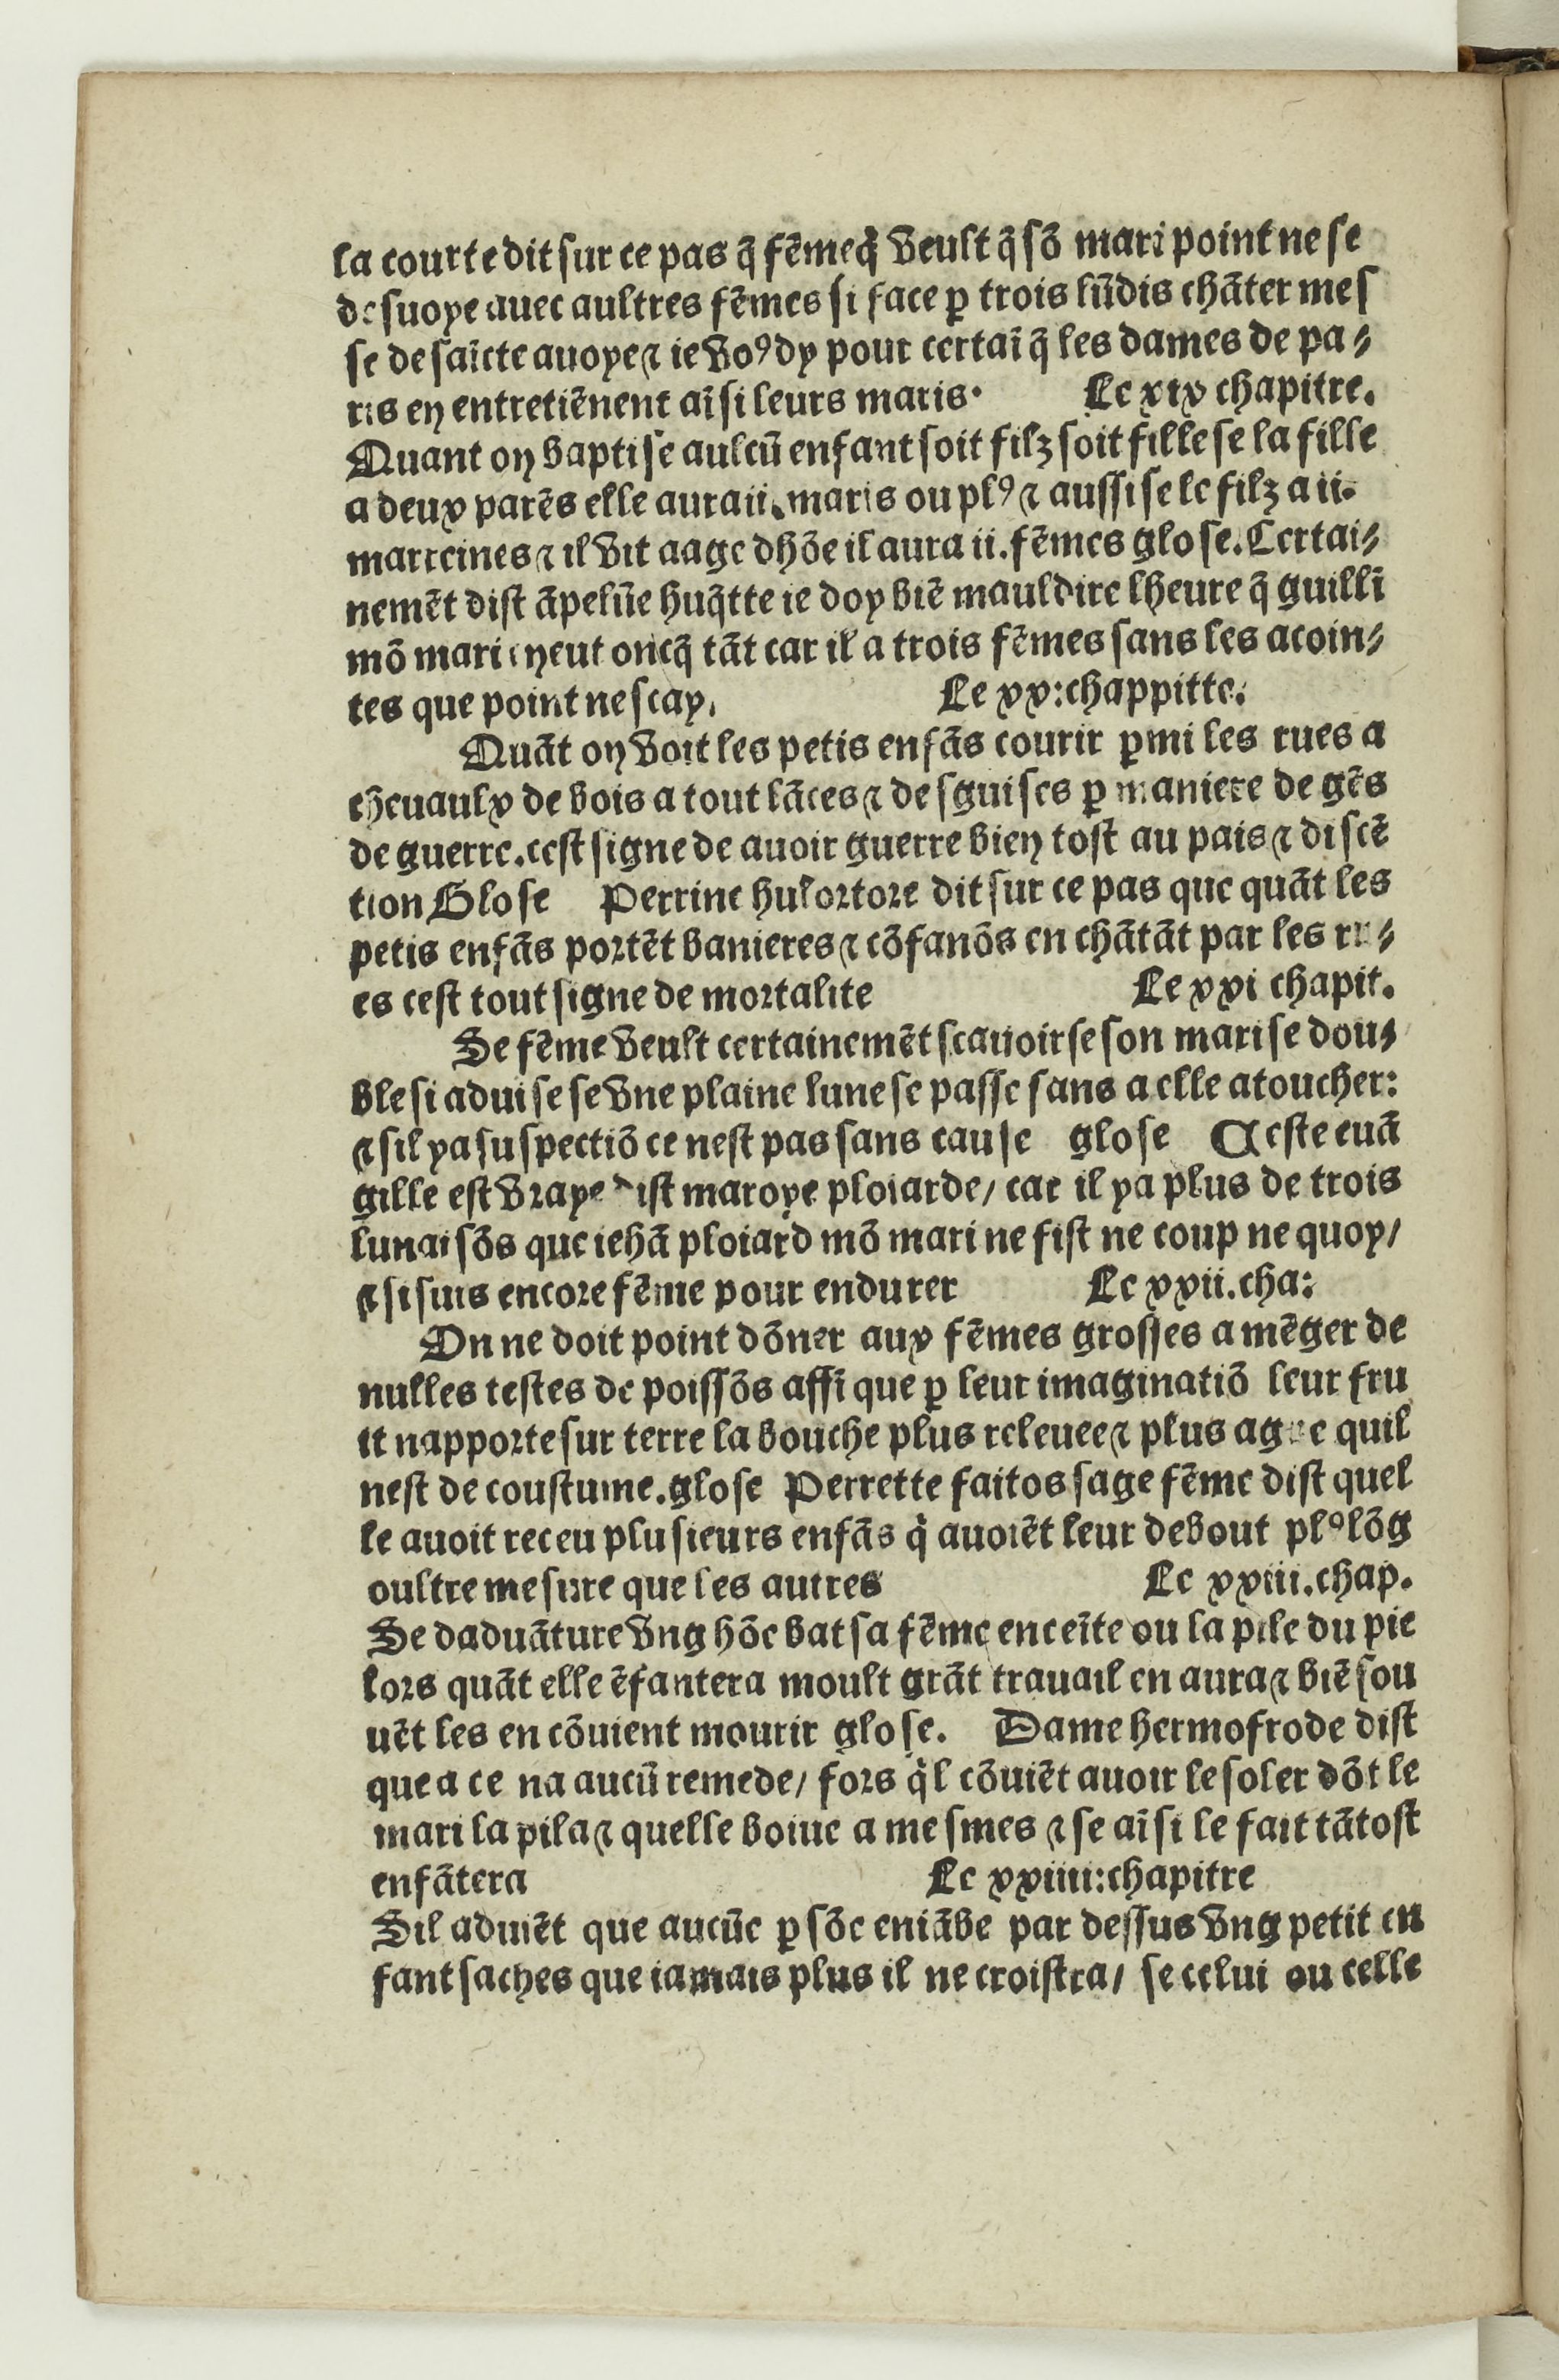
Shelfmark: Paris, BnF, Rés. Y2-733
Century: 16